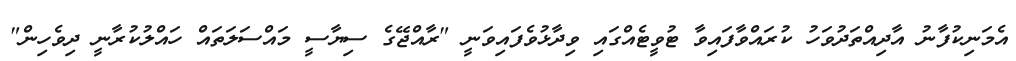
އެމަނިކުފާނު އާދިއްތަދުވަހު ކުރައްވާފައިވާ ޓުވީޓެއްގައި ވިދާޅުވެފައިވަނީ "ރާއްޖޭގެ ސިޔާސީ މައްސަލަތައް ހައްލުކުރާނީ ދިވެހިން"